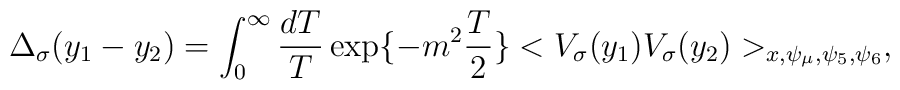
\Delta_{\sigma}(y_{1} - y_{2}) =     \int_{0}^{\infty} \frac{d T}{T} \exp \{-m^{2}  \frac{T}{2} \}    <V_{\sigma}(y_{1}) V_{\sigma}(y_{2}) >_{x, \psi_{\mu}, \psi_{5},     \psi_{6}},